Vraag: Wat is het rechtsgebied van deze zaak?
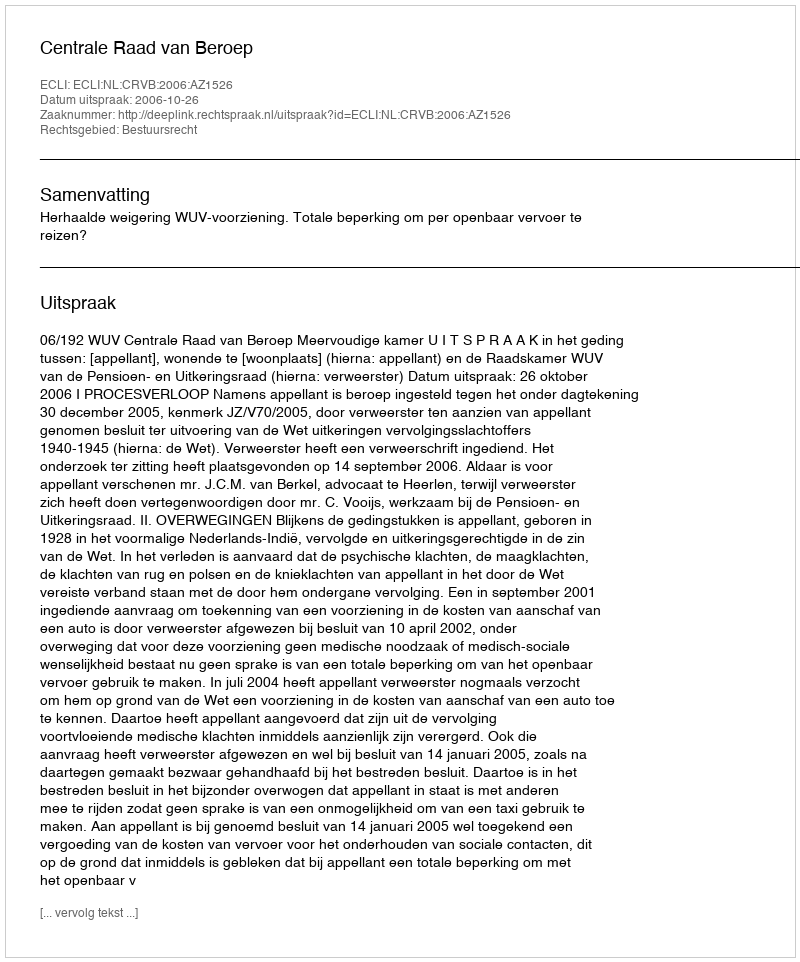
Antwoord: Bestuursrecht